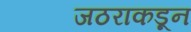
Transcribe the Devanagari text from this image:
जठराकडून